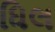
ધિલ